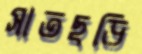
সাতছড়ি